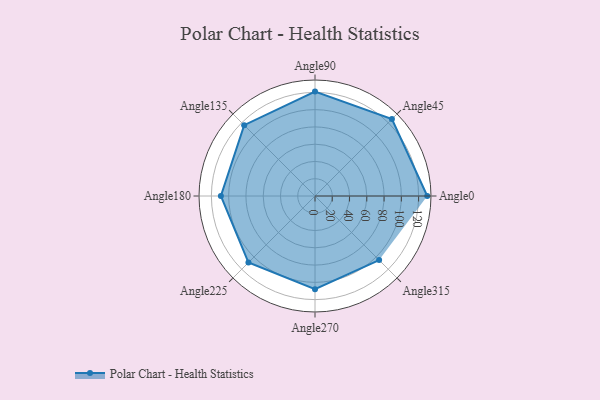
{"axis": {"x": "Angle", "y": "Radius"}, "legend": [""], "data": [{"x": "Angle0", "y": 130.0, "type": ""}, {"x": "Angle45", "y": 126.0, "type": ""}, {"x": "Angle90", "y": 121.0, "type": ""}, {"x": "Angle135", "y": 116.0, "type": ""}, {"x": "Angle180", "y": 109.0, "type": ""}, {"x": "Angle225", "y": 109.0, "type": ""}, {"x": "Angle270", "y": 108.0, "type": ""}, {"x": "Angle315", "y": 105.0, "type": ""}]}